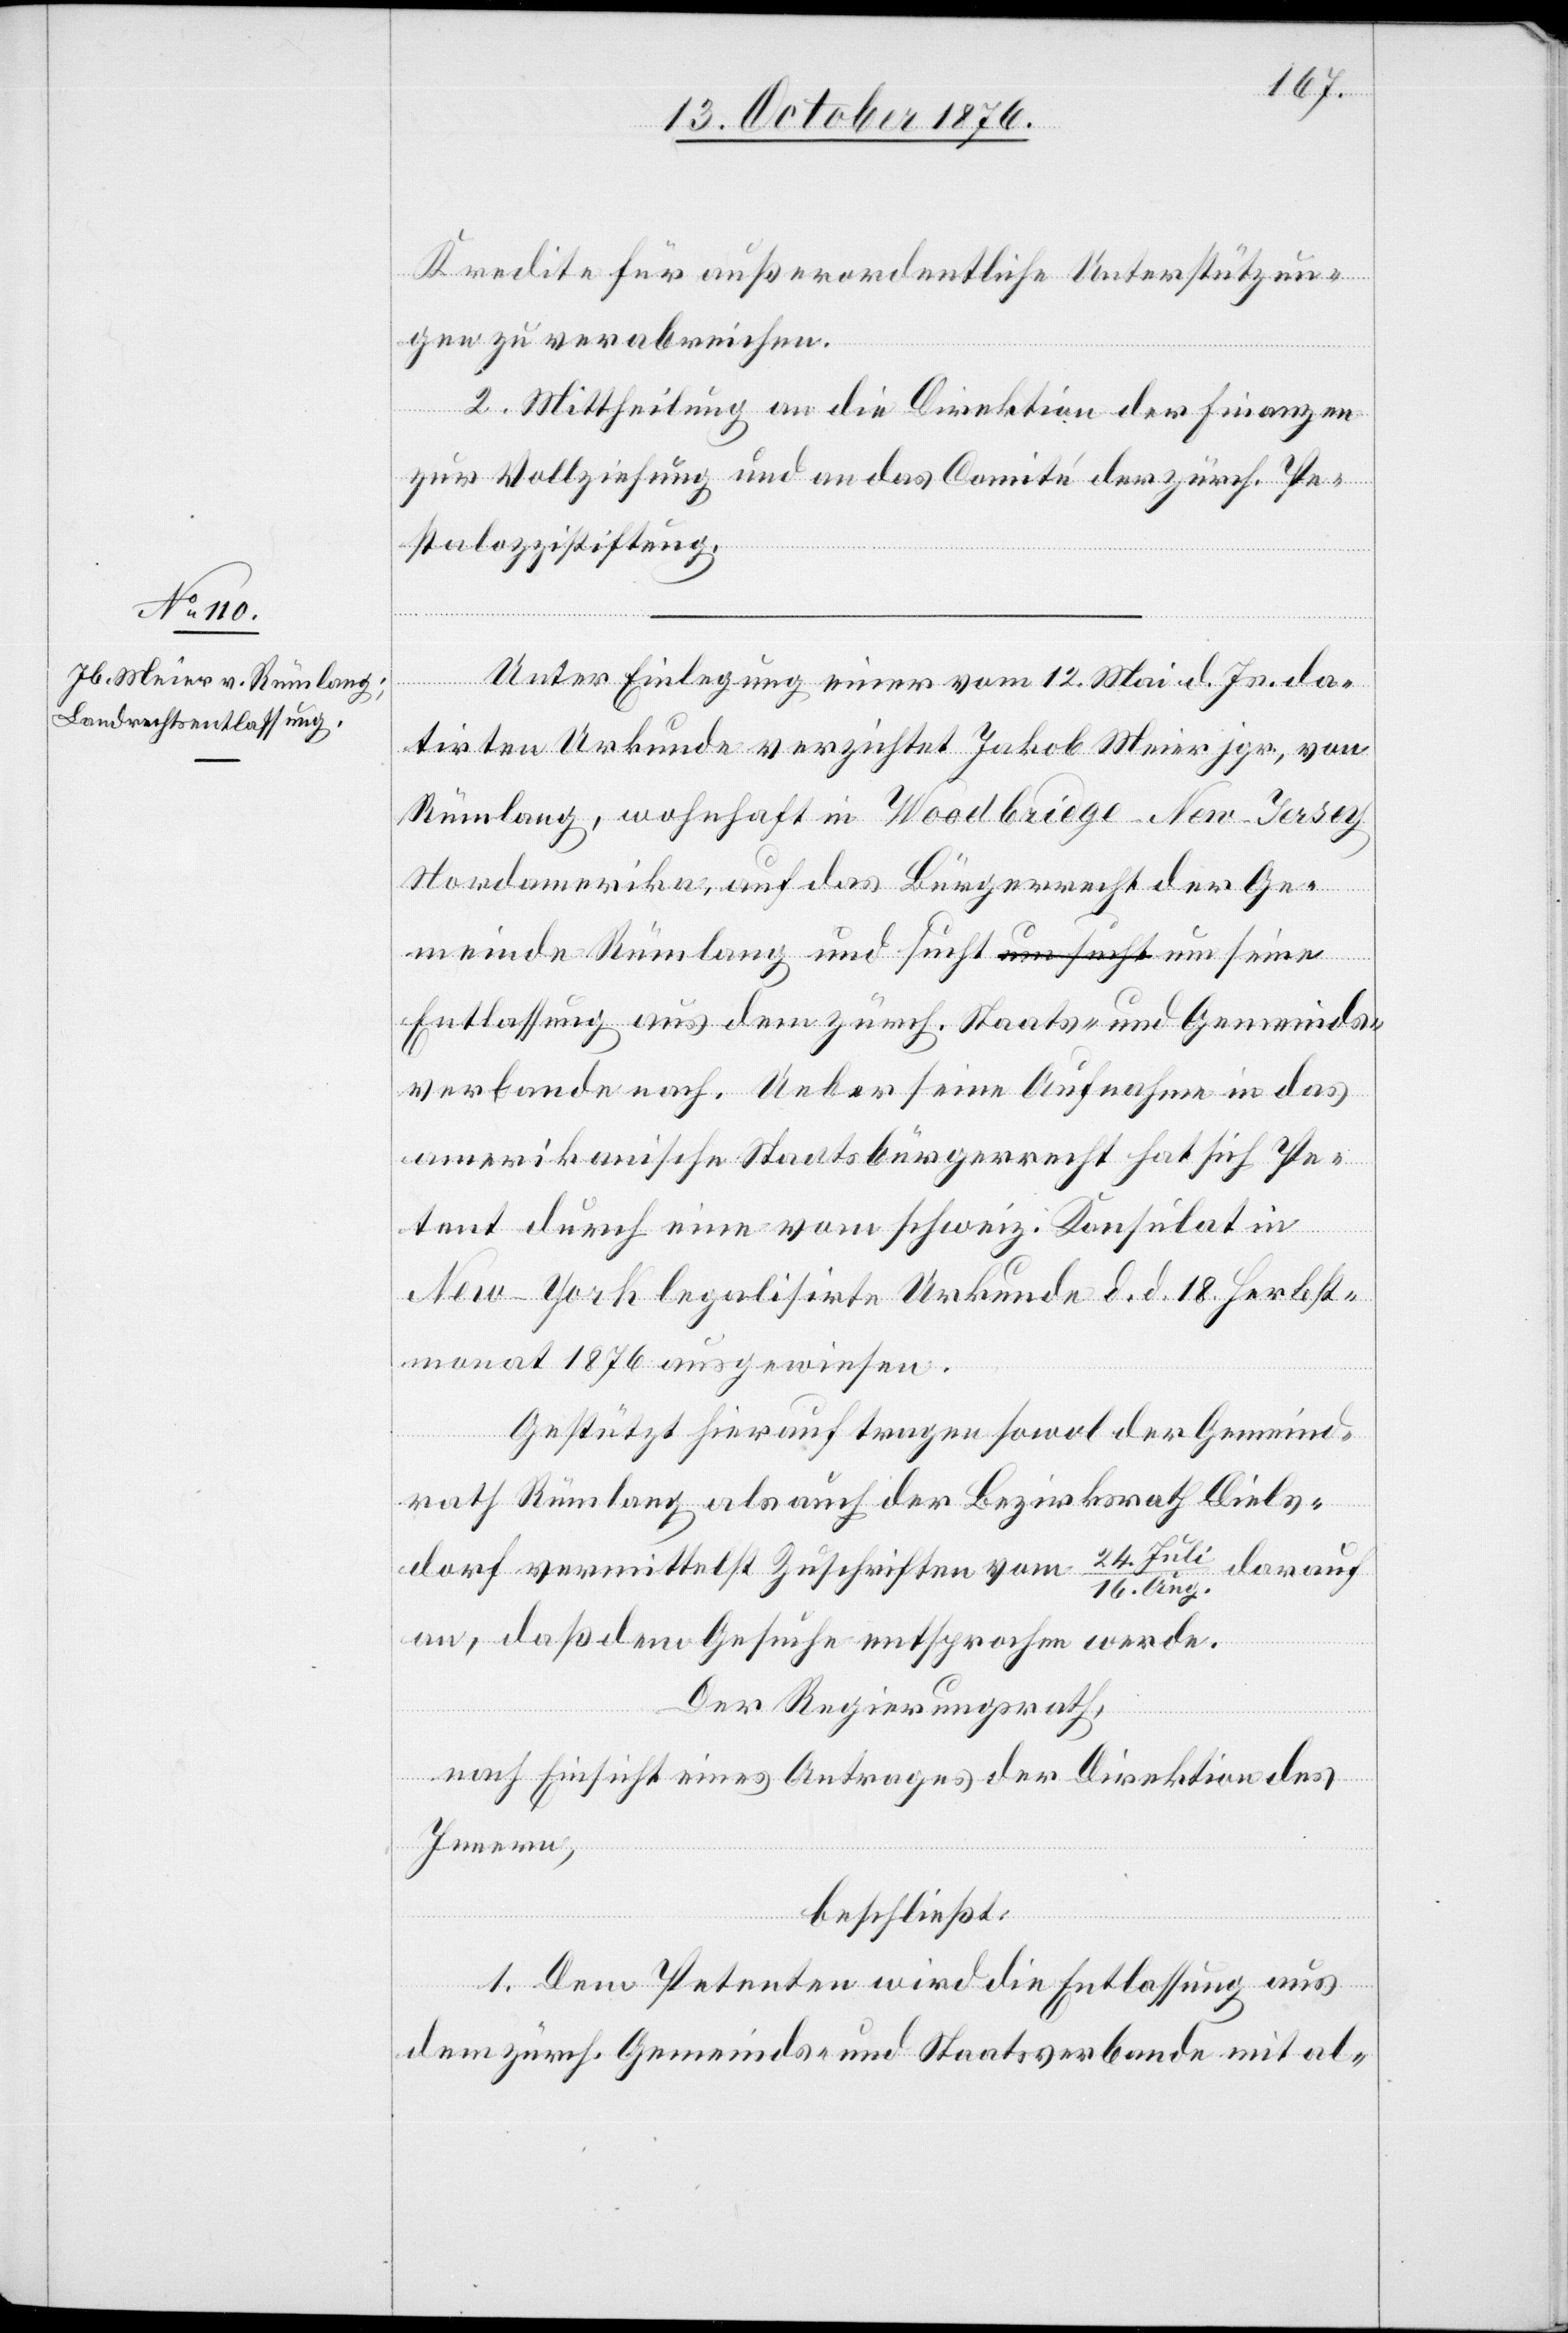
Kredite für außerordentliche Unterstützun¬
gen zu verabreichen.
2. Mittheilung an die Direktion der Finanzen
zur Vollziehung und an das Comité der zürch. Pe¬
stalozzistiftung.
Unter Einlegung einer vom 12. Mai d. Js. da¬
tirten Urkunde verzichtet Jakob Meier jgr., von
Rümlang, wohnhaft in Woodbridge - New-Jersey
Nordamerika, auf das Bürgerrecht der Ge¬
meinde Rümlang und sucht um seine
Entlassung aus dem zürch. Staats- und Gemeinds¬
verbande nach. Ueber seine Aufnahme in das
amerikanische Staatsbürgerrecht hat sich Pe¬
tent durch eine vom schweiz. Konsulat in
New-York legalisirte Urkunde d. d. 18. Herbst¬
monat 1876 ausgewiesen.
Gestützt hierauf tragen sowol der Gemeind¬
rath Rümlang als auch der Bezirksrath Diels¬
dorf vermittelst Zuschriften vom 24. Juli/16. Aug. darauf
an, daß dem Gesuche entsprochen werde.
Der Regierungsrath,
nach Einsicht eines Antrages der Direktion des
Innern,
beschließt:
1. Dem Petenten wird die Entlassung aus
dem zürch. Gemeinds- und Staatsverbande mit al-